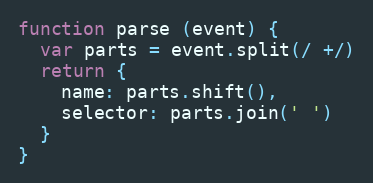
Language: JavaScript
function parse (event) {
  var parts = event.split(/ +/)
  return {
    name: parts.shift(),
    selector: parts.join(' ')
  }
}